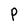
Character: P